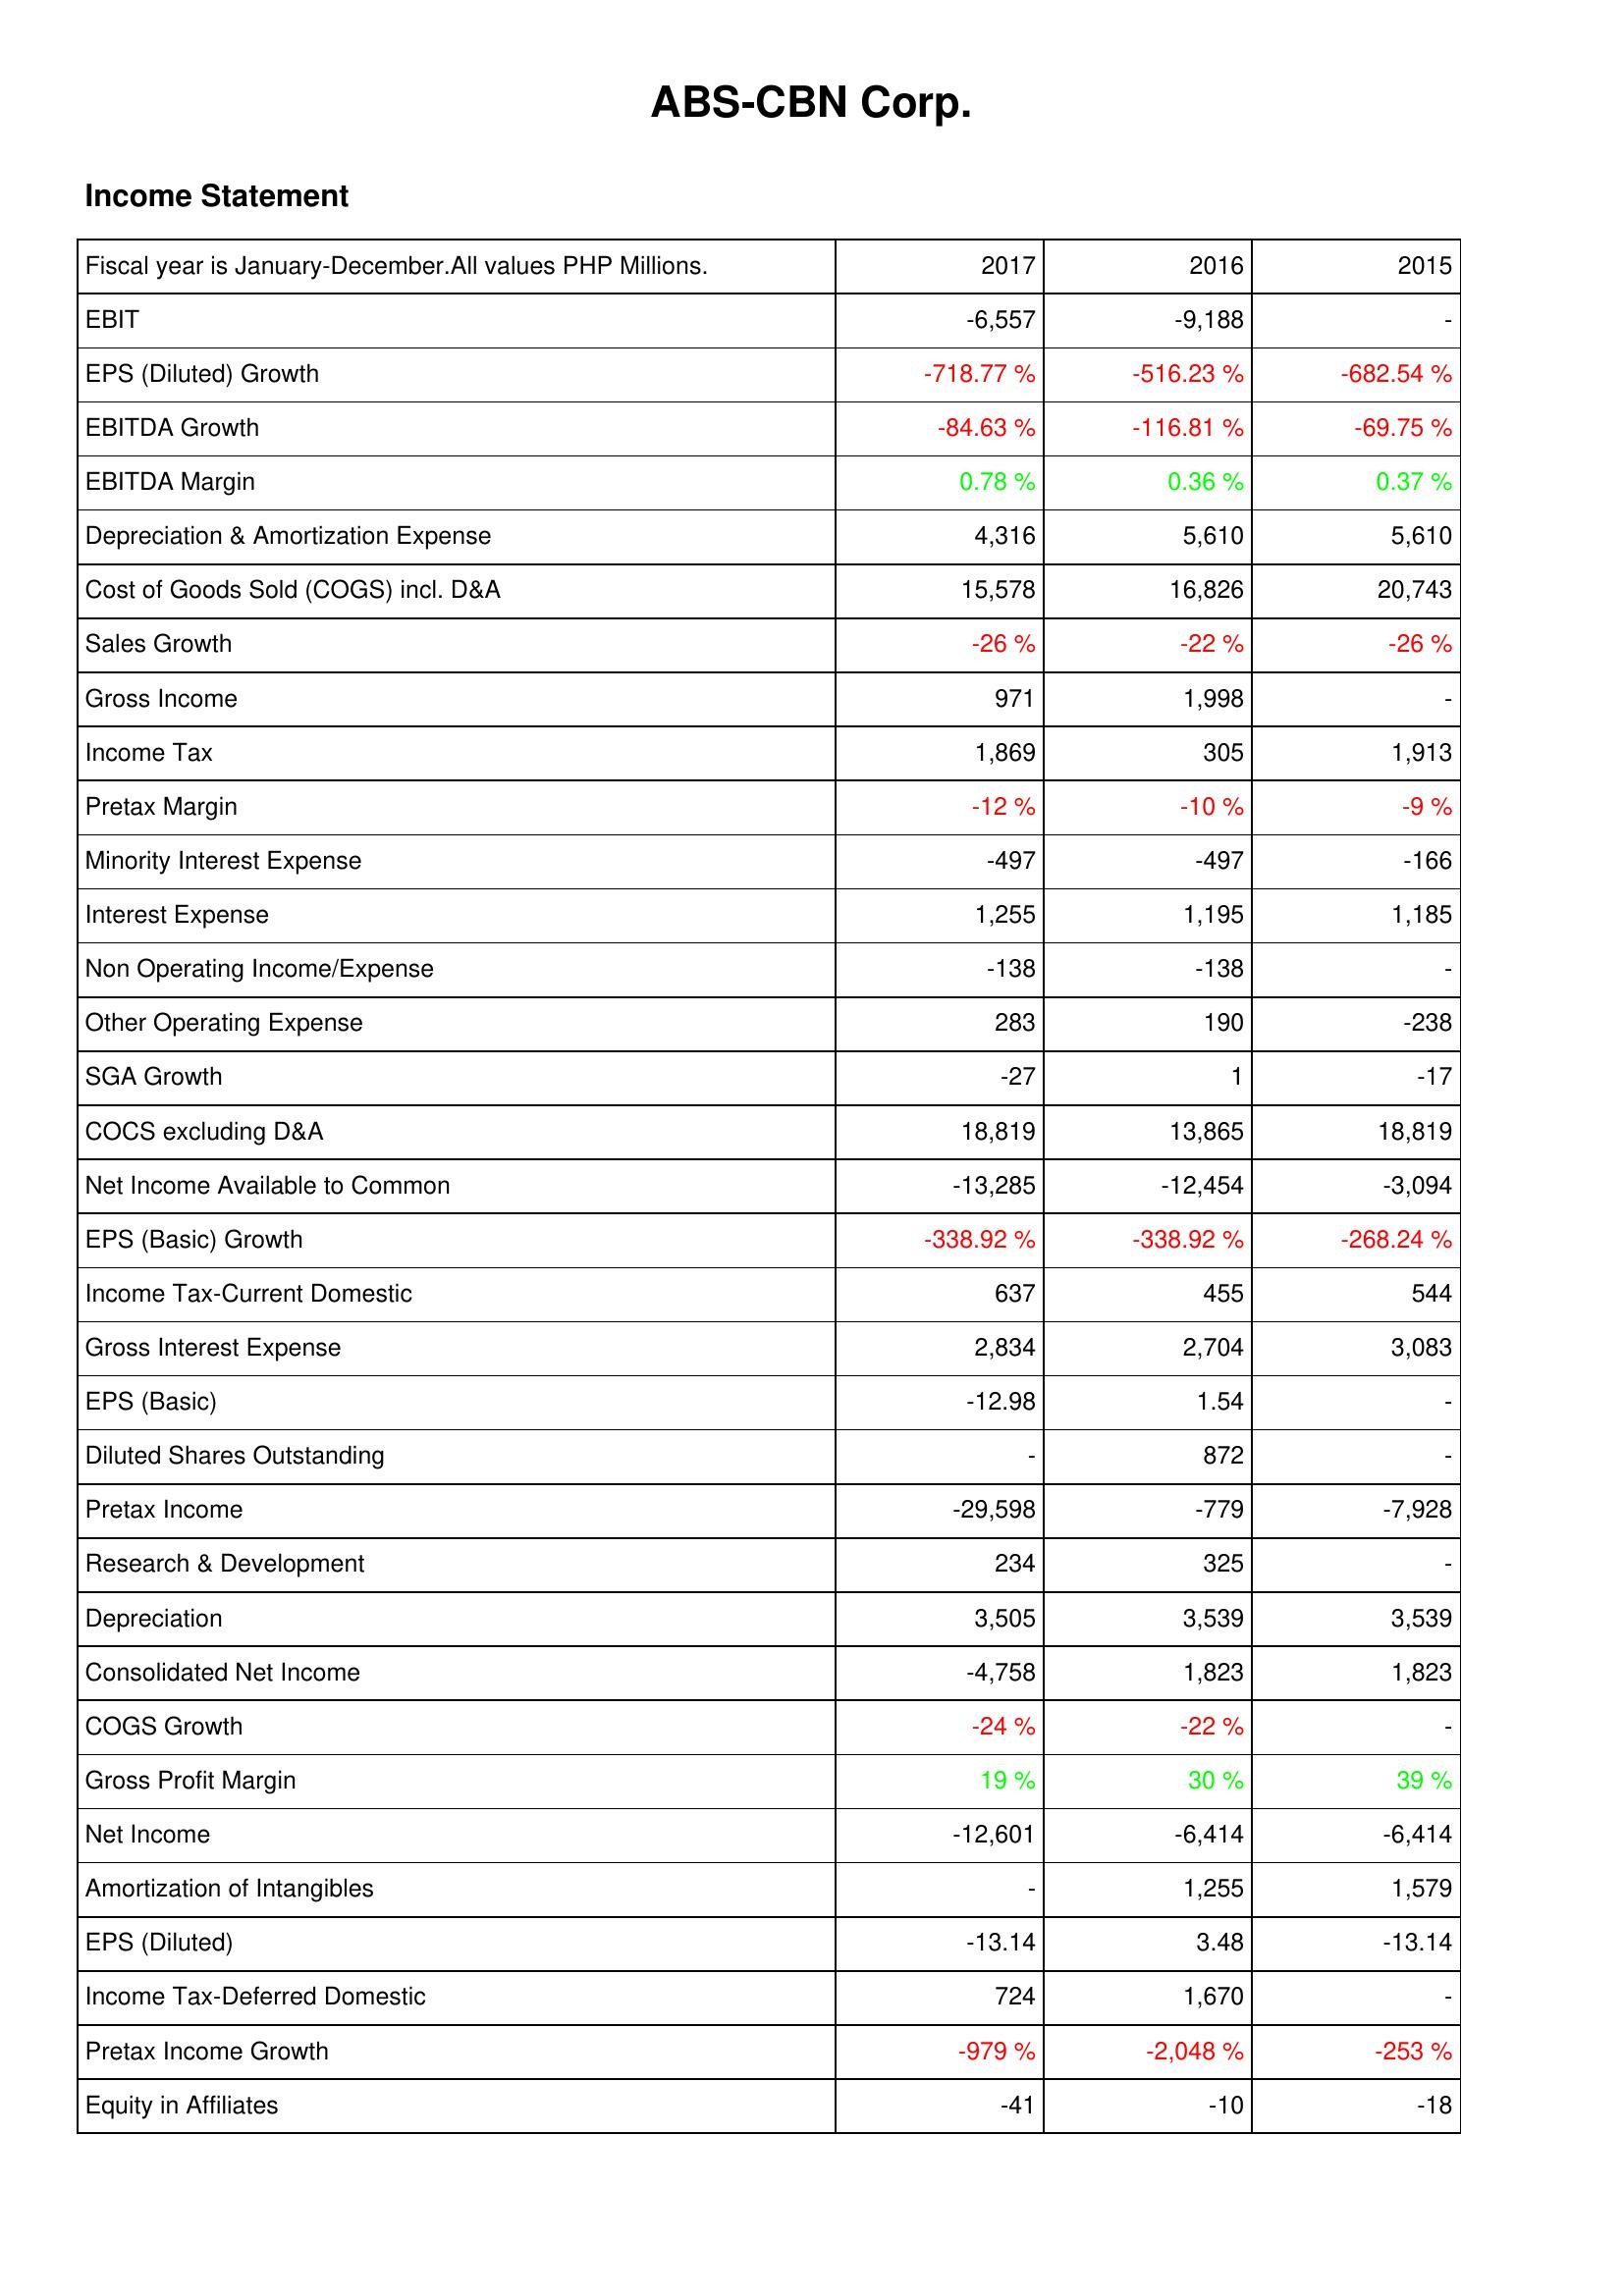
2017: Income Statement: EBIT: -6,557
EPS (Diluted) Growth: -718.77 %
EBITDA Growth: -84.63 %
EBITDA Margin: 0.78 %
Depreciation & Amortization Expense: 4,316
Cost of Goods Sold (COGS) incl. D&A: 15,578
Sales Growth: -26 %
Gross Income: 971
Income Tax: 1,869
Pretax Margin: -12 %
Minority Interest Expense: -497
Interest Expense: 1,255
Non Operating Income/Expense: -138
Other Operating Expense: 283
SGA Growth: -27
COCS excluding D&A: 18,819
Net Income Available to Common: -13,285
EPS (Basic) Growth: -338.92 %
Income Tax-Current Domestic: 637
Gross Interest Expense: 2,834
EPS (Basic): -12.98
Diluted Shares Outstanding: -
Pretax Income: -29,598
Research & Development: 234
Depreciation: 3,505
Consolidated Net Income: -4,758
COGS Growth: -24 %
Gross Profit Margin: 19 %
Net Income: -12,601
Amortization of Intangibles: -
EPS (Diluted): -13.14
Income Tax-Deferred Domestic: 724
Pretax Income Growth: -979 %
Equity in Affiliates: -41
2016: Income Statement: EBIT: -9,188
EPS (Diluted) Growth: -516.23 %
EBITDA Growth: -116.81 %
EBITDA Margin: 0.36 %
Depreciation & Amortization Expense: 5,610
Cost of Goods Sold (COGS) incl. D&A: 16,826
Sales Growth: -22 %
Gross Income: 1,998
Income Tax: 305
Pretax Margin: -10 %
Minority Interest Expense: -497
Interest Expense: 1,195
Non Operating Income/Expense: -138
Other Operating Expense: 190
SGA Growth: 1
COCS excluding D&A: 13,865
Net Income Available to Common: -12,454
EPS (Basic) Growth: -338.92 %
Income Tax-Current Domestic: 455
Gross Interest Expense: 2,704
EPS (Basic): 1.54
Diluted Shares Outstanding: 872
Pretax Income: -779
Research & Development: 325
Depreciation: 3,539
Consolidated Net Income: 1,823
COGS Growth: -22 %
Gross Profit Margin: 30 %
Net Income: -6,414
Amortization of Intangibles: 1,255
EPS (Diluted): 3.48
Income Tax-Deferred Domestic: 1,670
Pretax Income Growth: -2,048 %
Equity in Affiliates: -10
2015: Income Statement: EBIT: -
EPS (Diluted) Growth: -682.54 %
EBITDA Growth: -69.75 %
EBITDA Margin: 0.37 %
Depreciation & Amortization Expense: 5,610
Cost of Goods Sold (COGS) incl. D&A: 20,743
Sales Growth: -26 %
Gross Income: -
Income Tax: 1,913
Pretax Margin: -9 %
Minority Interest Expense: -166
Interest Expense: 1,185
Non Operating Income/Expense: -
Other Operating Expense: -238
SGA Growth: -17
COCS excluding D&A: 18,819
Net Income Available to Common: -3,094
EPS (Basic) Growth: -268.24 %
Income Tax-Current Domestic: 544
Gross Interest Expense: 3,083
EPS (Basic): -
Diluted Shares Outstanding: -
Pretax Income: -7,928
Research & Development: -
Depreciation: 3,539
Consolidated Net Income: 1,823
COGS Growth: -
Gross Profit Margin: 39 %
Net Income: -6,414
Amortization of Intangibles: 1,579
EPS (Diluted): -13.14
Income Tax-Deferred Domestic: -
Pretax Income Growth: -253 %
Equity in Affiliates: -18